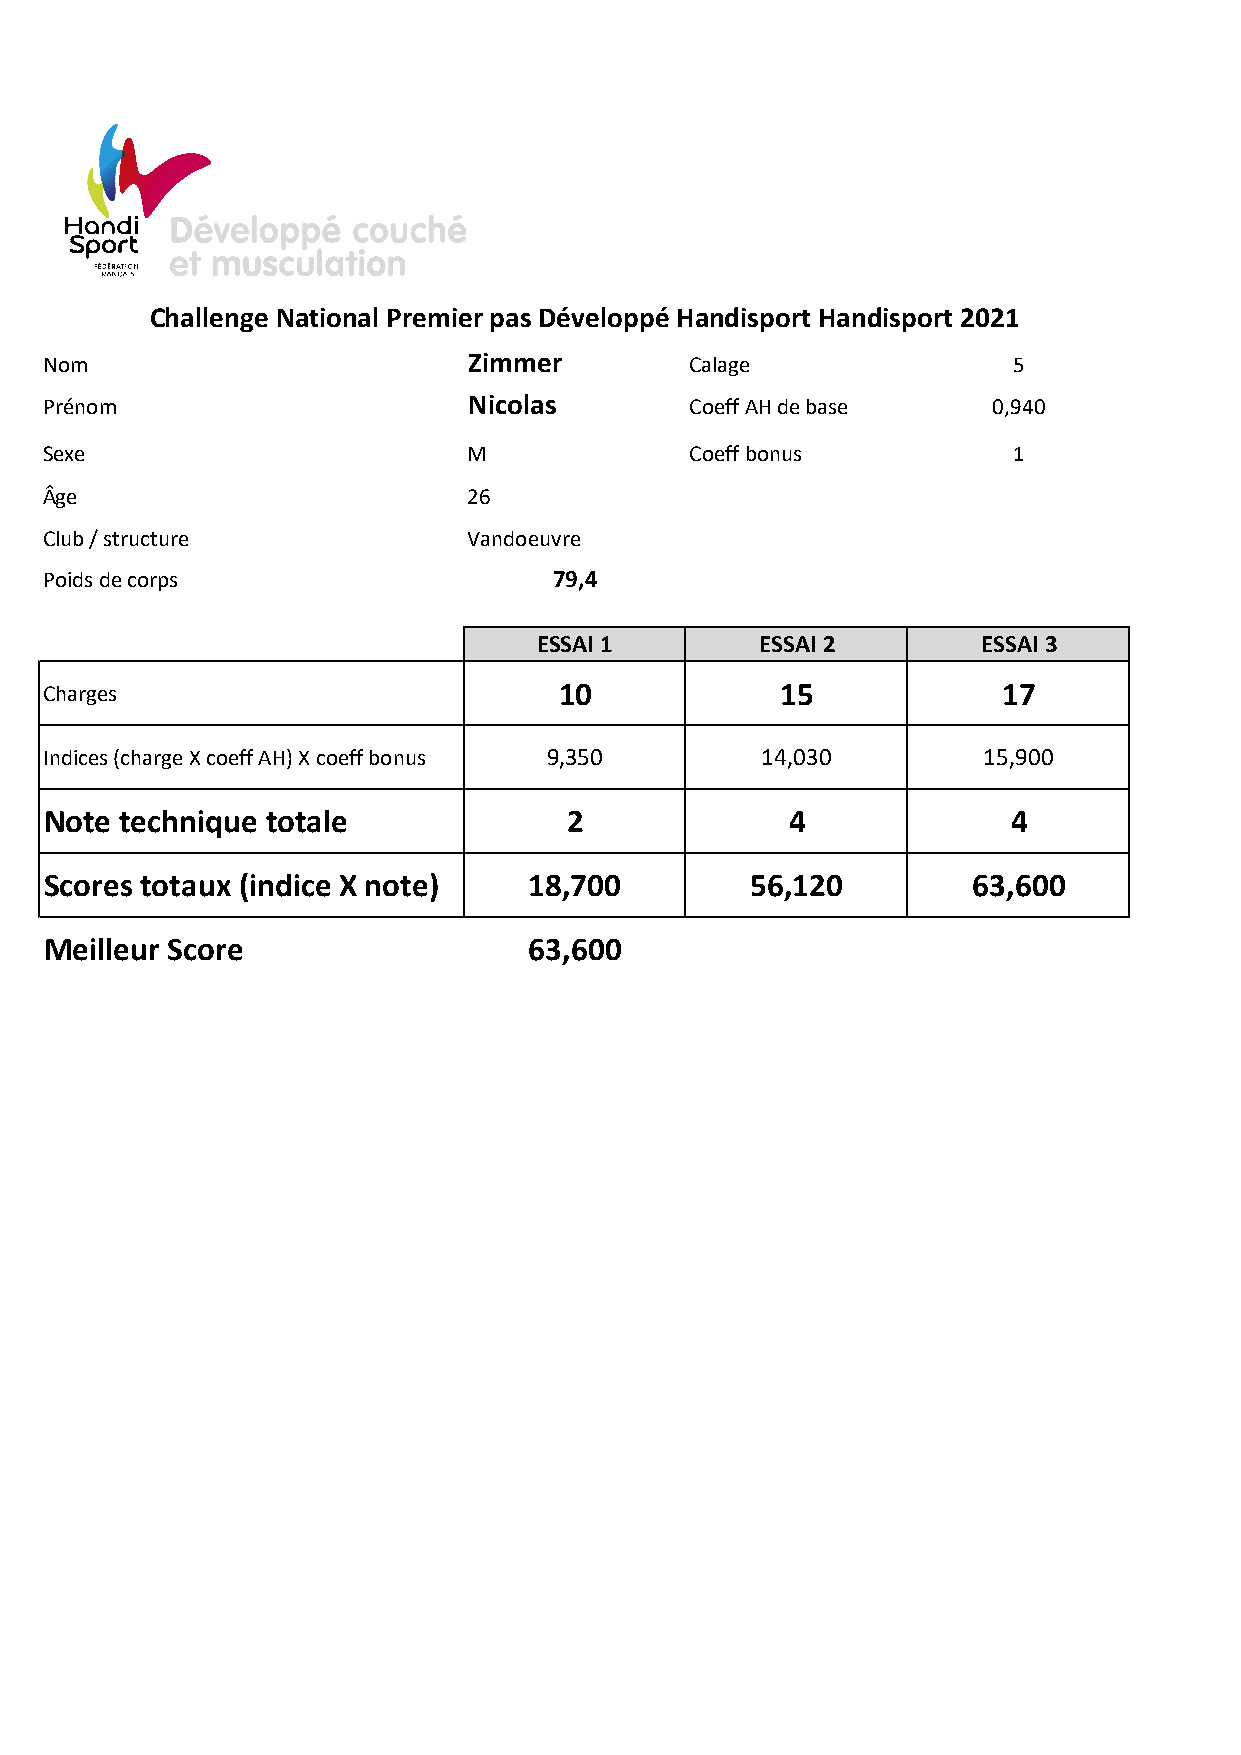
Challenge National Premier pas Développé Handisport Handisport 2021
 Nom                         Zimmer         Calage               5
 Prénom                      Nicolas        Coeff AH de base    0,940
 Sexe                        M              Coeff bonus          1
 Âge                         26
 Club / structure            Vandoeuvre
 Poids de corps                    79,4
 ESSAI 1       ESSAI 2        ESSAI 3
 Charges                           10             15            17
 Indices (charge X coeff AH) X coeff bonus 9,350 14,030        15,900
 Note technique totale              2             4              4
 Scores totaux (indice X note)   18,700         56,120        63,600
 Meilleur Score                  63,600